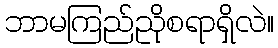
ဘာမကြည်ညိုစရာရှိလဲ။